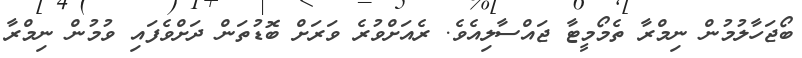
ބޯޖަހާލުމުން ނިމްރާ ތެމޯމީޓާ ޖައްސާލިއެވެ. ރެއަށްވުރެ ވަރަށް ބޮޑުތަން ދަށްވެފައި ވުމުން ނިމްރާ